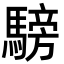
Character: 騯